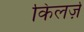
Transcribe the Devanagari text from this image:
किलर्ज़